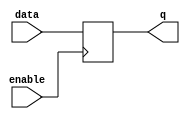
module enable_latch (
    input data, // Data input
    input enable, // Enable signal
    output reg q // Output latch
);

// D flip-flop with enable
always @(posedge enable)
    if (enable)
        q <= data;

endmodule